Indian journal of veterinary science and animal husbandry - Volume 6,
Year: 1936
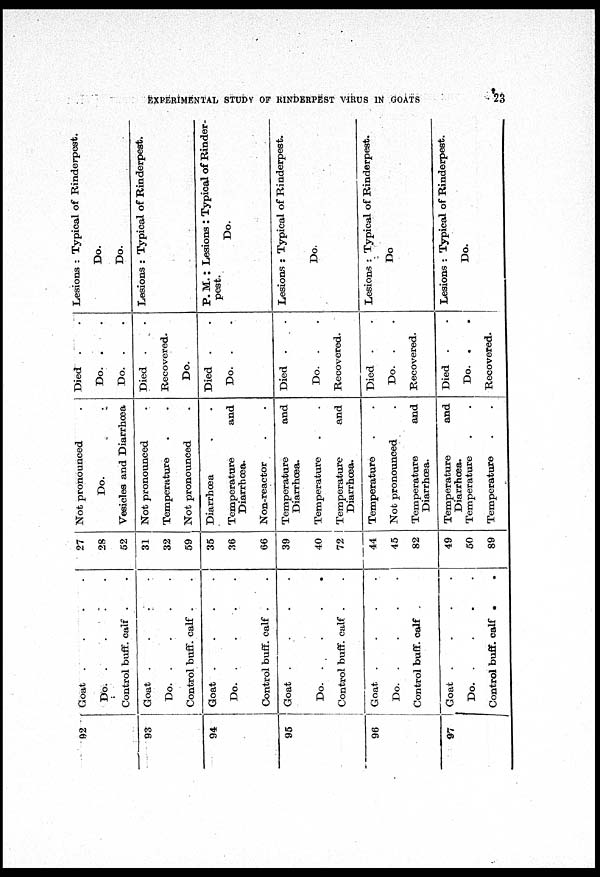
EXPERIMENTAL STUDY OF RINDERPEST VIRUS IN GOATS
23
92
93
94
95
96
97
Goat . . . .
Do.
.
.
.
.
Control buff. calf . .
Goat . . . .
Do.
.
.
.
.
Control buff. calf . .
Goat . . . .
Do.
.
.
.
.
Control buff. calf . .
Goat . . . .
Do. . . . .
Control buff. calf . .
Goat . . . .
Do.
.
.
.
.
Control buff. calf .
Goat . . . .
Do.
.
.
.
.
Control buff. calf . .
27
28
52
31
32
59
35
36
66
39
40
72
44
45
82
49
50
89
Not pronounced
.
Do.
.
Vesicles and Diarrhœa
Not pronounced
.
Temperature
.
.
Not pronounced
.
Diarrhœa . .
Temperature and
Diarrhœa.
Non-reactor
.
.
Temperature and
Diarrhœa.
Temperature . .
Temperature and
Diarrhœa.
Temperature . .
Not pronounced
.
Temperature and
Diarrhœa.
Temperature and
Diarrhœa.
Temperature
.
.
Temperature
.
.
Died . .
Do. . .
Do. . .
Died . .
Recovered.
Do.
Died . .
Do. .
.
Died . .
Do. .
.
Recovered.
Died . .
Do. .
.
Recovered.
Died . .
Do. .
.
Recovered.
Lesions : Typical of Rinderpest.
Do.
Do.
Lesions : Typical of Rinderpest.
P. M. : Lesions : Typical of Rinder-
pest.
Do.
Lesions : Typical of Rinderpest.
Do.
Lesions : Typical of Rinderpest.
Do.
Lesions : Typical of Rinderpest.
Do.